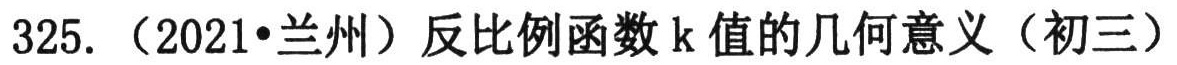
325. （2021•兰州）反比例函数k值的几何意义（初三）